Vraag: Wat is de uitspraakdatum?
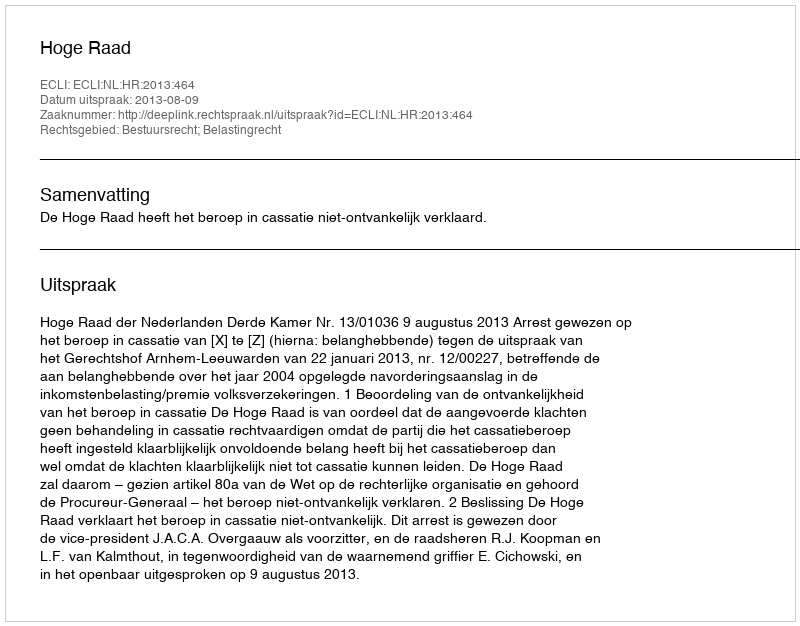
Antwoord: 2013-08-09